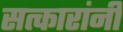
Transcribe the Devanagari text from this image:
सत्कारांनी